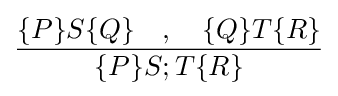
{\dfrac {\{P\}S\{Q\}\quad ,\quad \{Q\}T\{R\}}{\{P\}S;T\{R\}}}